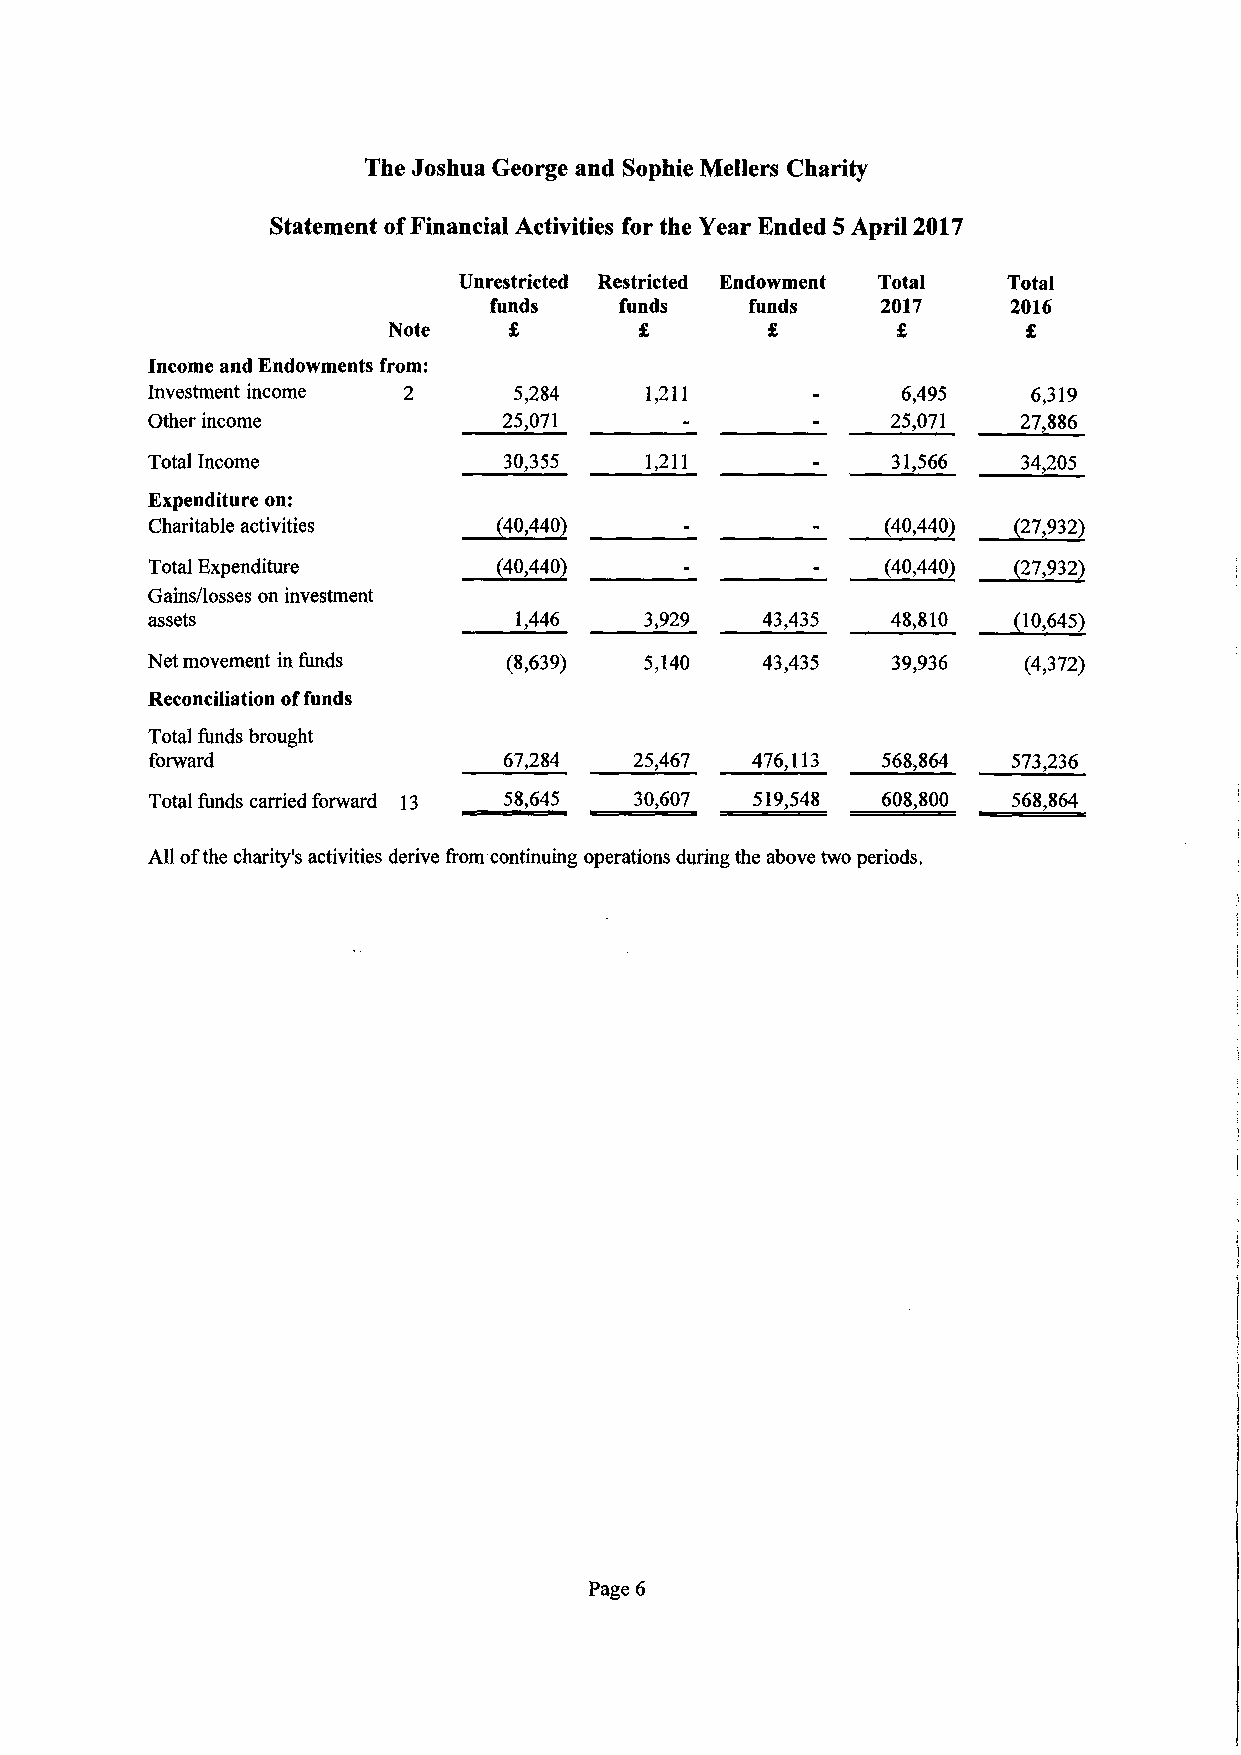
The Joshua George and Sophie Mellers Charity
 Statement ofFinancial Activities for the Year Ended 5 April 2017
 Unrestricted Restricted Endowment Total Total
 funds    funds    funds   2017     2016
 Note    £       £        £       £        £
 Income andEndowments from:
 Investment income 2     5,284    1,211            6,495   6,319
 Otherincome            25,071                    25,071   27,886
 TotalIncome            30,355    1,211           31,566   34,205
 Expenditure on:
 Charitable activities  (40,440)                  (40,440) (27,932)
 TotalExpenditure       (40,440)                  (40,440) (27,932)
 Gains/losses oninvestment
 assets                  1,446    3,929  43,435   48,810  (10,645)
 Netmovement infunds     (8,639)  5,140  43,435   39,936   (4,372)
 Reconciliation offunds
 Totalfundsbrought
 forward                67,284   25,467  476,113 568,864  573,236
 Totalfunds carriedforward 13 58,645 30,607 519,548 608,800 568,864
 Allofthe charity's activities derivefrom·continuing operations duringthe abovetwoperiods.
 Page 6